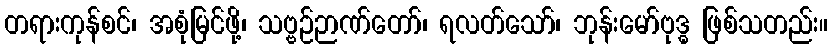
တရားကုန်စင်၊ အစုံမြင်ဖို့၊ သဗ္ဗဉ်ဉာဏ်တော်၊ ရလတ်သော်၊ ဘုန်းမော်ဗုဒ္ဓ ဖြစ်သတည်း။